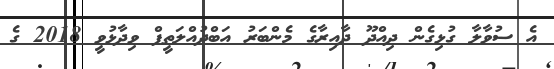
އެ ސުވާލާ ގުޅިގެން ދިއްދޫ ދާއިރާގެ މެންބަރު އަބްދުއްލަތީފް ވިދާޅުވީ 2018 ގެ